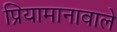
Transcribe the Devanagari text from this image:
प्रियामानावाले